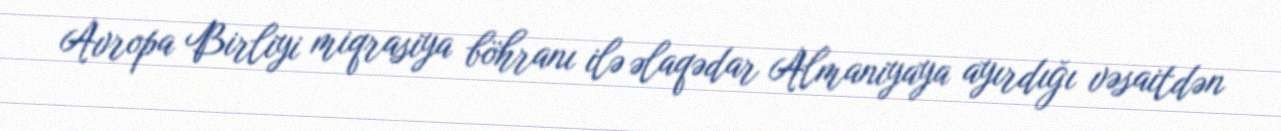
Avropa Birliyi miqrasiya böhranı ilə əlaqədar Almaniyaya ayırdığı vəsaitdən